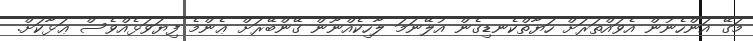
މަގޭ އަންހެނުން އެވައްތަރަށް ހަޔާތްކެނޑިގެން އުލޭނަމަ ލާހިކެއްނޫން ގޭންބޭރަށް ޢެންމެ ފިޔަވަޅެއްވެސް ޢަޅާކަށް.